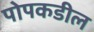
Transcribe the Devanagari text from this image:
पोपकडील